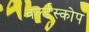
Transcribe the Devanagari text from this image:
वर्ल्डस्कोप